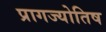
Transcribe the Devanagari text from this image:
प्रागज्योतिष